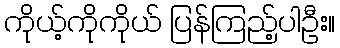
ကိုယ့်ကိုကိုယ် ပြန်ကြည့်ပါဦး။